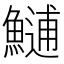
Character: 𩺼